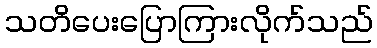
သတိပေးပြောကြားလိုက်သည်